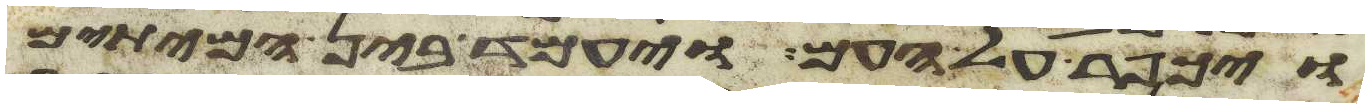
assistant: ויכפר על העם ויעמד בין המיתים